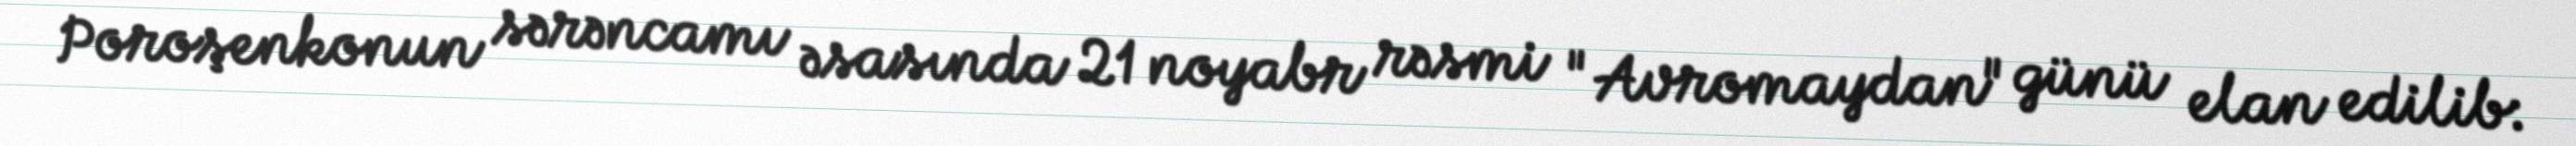
Poroşenkonun sərəncamı əsasında 21 noyabr rəsmi "Avromaydan" günü elan edilib: